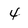
Character: 4